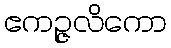
ဧကဉ္ဇလိကော